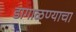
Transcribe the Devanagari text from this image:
डागाळण्याचा